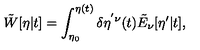
\tilde { W } [ \eta | t ] = \int _ { \eta _ { 0 } } ^ { \eta ( t ) } \delta \eta ^ { ' \nu } ( t ) \tilde { E } _ { \nu } [ \eta ^ { \prime } | t ] ,